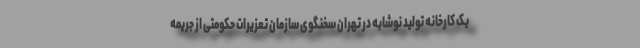
یک کارخانه تولید نوشابه در تهران سخنگوی سازمان تعزیرات حکومتی از جریمه